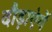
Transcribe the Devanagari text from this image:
दौड़ाएंगें